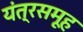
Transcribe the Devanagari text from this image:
यंत्रसमूह